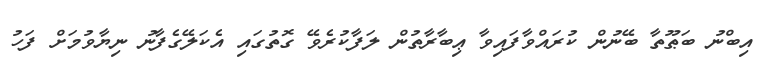
އިބްނު ބަޠޫތާ ބޭނުން ކުރައްވާފައިވާ ޢިބާރާތުން ލަފާކުރެވޭ ގޮތުގައި އެކަލޭގެފާނު ނިޔާވުމަށް ފަހު